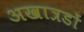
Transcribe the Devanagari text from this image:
अखात्रडों